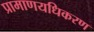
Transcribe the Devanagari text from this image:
प्रामाणयधिकरण